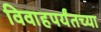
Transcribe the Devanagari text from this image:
विवाहपर्यंतच्या